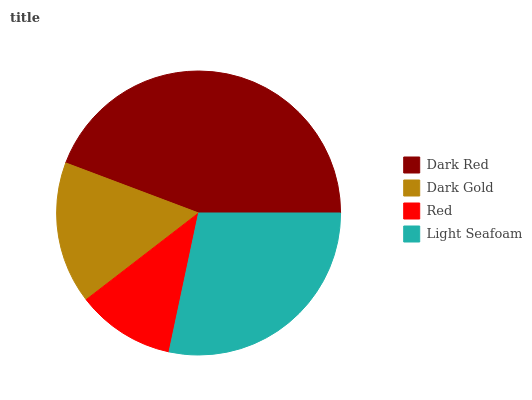
| Dark Red | Dark Gold | Red | Light Seafoam |
 | --- | --- | --- | --- |
 | 44.2% | 16.2% | 11.2% | 28.3% |